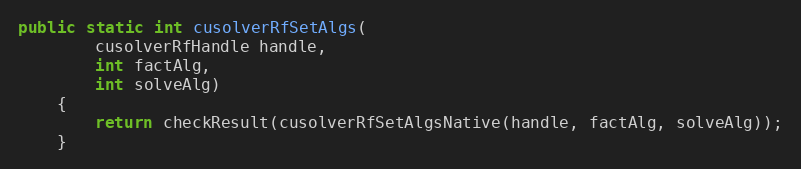
Language: Java
public static int cusolverRfSetAlgs(
        cusolverRfHandle handle,
        int factAlg,
        int solveAlg)
    {
        return checkResult(cusolverRfSetAlgsNative(handle, factAlg, solveAlg));
    }